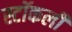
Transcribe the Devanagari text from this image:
स्टॉकली